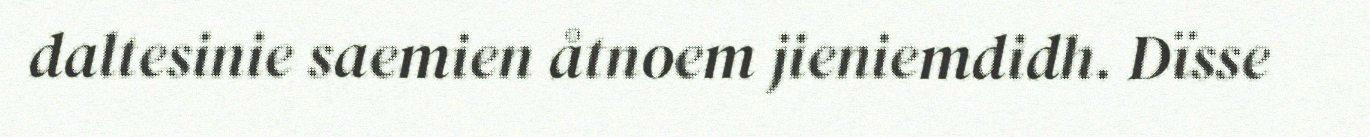
daltesinie saemien åtnoem jieniemdidh. Dïsse